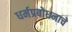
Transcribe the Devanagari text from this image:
धर्मप्रबोधनाचे